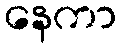
နေကာ